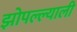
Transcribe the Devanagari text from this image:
झोपल्ल्याली